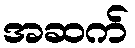
အဆက်